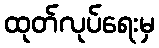
ထုတ်လုပ်ရေးမှ